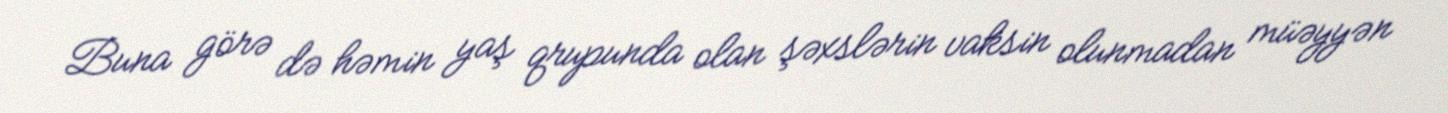
Buna görə də həmin yaş qrupunda olan şəxslərin vaksin olunmadan müəyyən